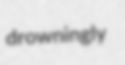
drowningly